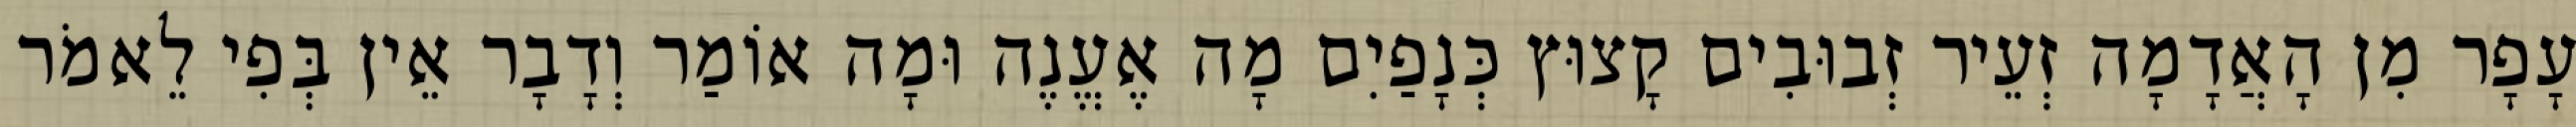
עָפָר מִן הָאֲדָמָה זְעֵיר זְבוּבִים קָצוּץ כְּנָפַיִם מָה אֶעֱנֶה וּמָה אוֹמַר וְדָבָר אֵין בְּפִי לֵאמֹר